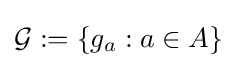
{\mathcal {G}}:=\left\{g_{a}:a\in A\right\}